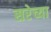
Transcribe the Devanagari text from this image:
सरेच्या